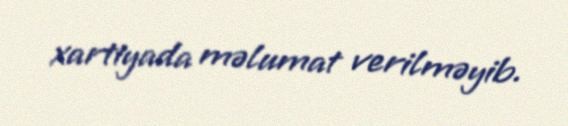
xartiyada məlumat verilməyib.